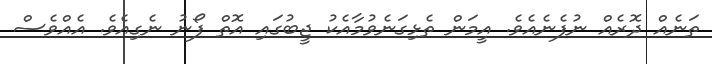
ތަނެއް ދޮރެއް ނުފެނެއެވެ. އީމަން ތެޅިގަނެވުމާއެކު ޖީބުގައި އޮތް ފޯނު ނެގިއެވެ. އެއްވެސް